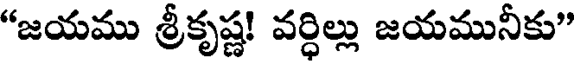
"జయము శ్రీకృష్ణ! వర్ధిల్లు జయమునీకు"